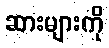
ဆားများကို